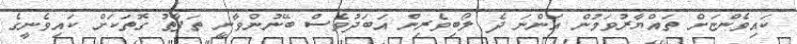
ކައިވެންޏަށް ތައްޔާރުވަމުން އަންނަ ދެ ލޯބިވެރިން އަބަދުވެސް ބޭނުންވާނީ ތަފާތު ގޮތަކަށް ކައިވެނީގެ